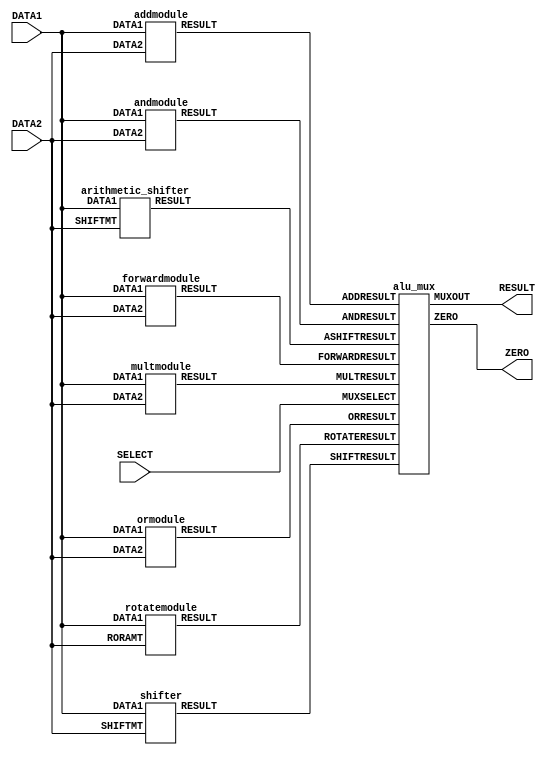
//Alu 
`timescale 1ns/100ps
module alu(DATA1,DATA2,RESULT,SELECT,ZERO);
    input [7:0] DATA1,DATA2;
    input [2:0] SELECT;
    output [7:0] RESULT;
    output ZERO;
    wire [7:0] ADDRESULT, ANDRESULT, ORRESULT, FORWARDRESULT, MULTRESULT, SHIFTRESULT, ASHIFTRESULT, ROTATERESULT;
    addmodule addmodule(DATA1, DATA2, ADDRESULT);
    andmodule andmodule(DATA1, DATA2, ANDRESULT);
    ormodule ormodule(DATA1, DATA2, ORRESULT);
    forwardmodule forwardmodule(DATA1, DATA2, FORWARDRESULT);
    multmodule multmodule(DATA1,DATA2,MULTRESULT);
    shifter shiftmodule(DATA1,DATA2,SHIFTRESULT);
    arithmetic_shifter arithmetic_shifter_module(DATA1, DATA2, ASHIFTRESULT);
    rotatemodule rotate_module(DATA1, DATA2, ROTATERESULT);
    alu_mux alumux(ADDRESULT, ANDRESULT, ORRESULT, FORWARDRESULT, MULTRESULT, SHIFTRESULT, ASHIFTRESULT, ROTATERESULT, SELECT, RESULT, ZERO);
endmodule

module addmodule(DATA1,DATA2,RESULT);
    input [7:0] DATA1,DATA2;
    output [7:0] RESULT;
    assign #2 RESULT = (DATA1 + DATA2);
endmodule

module andmodule(DATA1,DATA2,RESULT);
    input [7:0] DATA1,DATA2;
    output [7:0] RESULT;
    assign #1 RESULT = (DATA1 & DATA2);
endmodule

module ormodule(DATA1,DATA2,RESULT);
    input [7:0] DATA1,DATA2;
    output [7:0] RESULT;
    assign #1 RESULT = (DATA1 | DATA2);
endmodule

module forwardmodule(DATA1,DATA2,RESULT);
    input [7:0] DATA1,DATA2;
    output [7:0] RESULT;
    assign #1 RESULT = DATA2;
endmodule

module mux8bit(IN0,SELECT,MUXOUT);
    input [7:0] IN0;
    input SELECT; 
    output reg [7:0] MUXOUT;
    always @(*) begin
        case(SELECT)
            0: MUXOUT = 8'h00;
            1: MUXOUT = IN0;
        endcase
    end
endmodule

module add8bit(A,B,C,D,OUT);
    input [7:0] A, B, C, D;
    output reg [7:0] OUT;
    always @(*) begin
        OUT = #2 A+B+C+D;
    end
endmodule

module multmodule(DATA1,DATA2,RESULT);
    input [7:0] DATA1,DATA2;
    output [7:0] RESULT;
    reg [7:0] array1 [0:3];
    wire [7:0] array2 [0:3];
    mux8bit mux1(array1[0],DATA2[0],array2[0]);
    mux8bit mux2(array1[1],DATA2[1],array2[1]);
    mux8bit mux3(array1[2],DATA2[2],array2[2]);
    mux8bit mux4(array1[3],DATA2[3],array2[3]);
    add8bit adder8bit(array2[0],array2[1],array2[2],array2[3],RESULT);

    always @(*) begin
        array1[0] <= #1 {4'b0000, DATA1[3:0]};
        array1[1] <= #1 {3'b000, DATA1[3:0], 1'b0};
        array1[2] <= #1 {2'b00, DATA1[3:0], 2'b00};
        array1[3] <= #1 {1'b0, DATA1[3:0], 3'b000};
    end
endmodule

module shifter(DATA1, SHIFTMT, RESULT);
    input [7:0] DATA1, SHIFTMT;
    output reg [7:0] RESULT;

    always @(*) begin
        case(SHIFTMT)
            8'h00: RESULT = DATA1;
            8'h01: RESULT = {DATA1[6:0], 1'b0};
            8'h02: RESULT = {DATA1[5:0], 2'b00};
            8'h03: RESULT = {DATA1[4:0], 3'b000};
            8'h04: RESULT = {DATA1[3:0], 4'b0000};
            8'h05: RESULT = {DATA1[2:0], 5'b00000};
            8'h06: RESULT = {DATA1[1:0], 6'b000000};
            8'h07: RESULT = {DATA1[0], 7'b0000000};
            8'hFF: RESULT = {1'b0, DATA1[7:1]};
            8'hFE: RESULT = {2'b00, DATA1[7:2]};
            8'hFD: RESULT = {3'b000, DATA1[7:3]};
            8'hFC: RESULT = {4'b0000, DATA1[7:4]};
            8'hFB: RESULT = {5'b00000, DATA1[7:5]};
            8'hFA: RESULT = {6'b000000, DATA1[7:6]};
            8'hF9: RESULT = {7'b0000000, DATA1[7]};
            default: RESULT = 8'b00000000;
        endcase
    end
endmodule

module arithmetic_shifter(DATA1, SHIFTMT, RESULT);
    input [7:0] DATA1, SHIFTMT;
    output reg [7:0] RESULT;

    always @(*) begin
        case(SHIFTMT)
            8'h00: RESULT = DATA1;
            8'h01: RESULT = {DATA1[7], DATA1[7:1]};
            8'h02: RESULT = {{2{DATA1[7]}}, DATA1[7:2]};
            8'h03: RESULT = {{3{DATA1[7]}}, DATA1[7:3]};
            8'h04: RESULT = {{4{DATA1[7]}}, DATA1[7:4]};
            8'h05: RESULT = {{5{DATA1[7]}}, DATA1[7:5]};
            8'h06: RESULT = {{6{DATA1[7]}}, DATA1[7:6]};
            default: RESULT = {8{DATA1[7]}};
        endcase
    end
endmodule

module rotatemodule(DATA1, RORAMT, RESULT);
    input [7:0] DATA1, RORAMT;
    output reg [7:0] RESULT;

    always @(*) begin
        case(RORAMT[2:0])
            3'b000: RESULT = DATA1;
            3'b001: RESULT = {DATA1[0], DATA1[7:1]};
            3'b010: RESULT = {DATA1[1:0], DATA1[7:2]};
            3'b011: RESULT = {DATA1[2:0], DATA1[7:3]};
            3'b100: RESULT = {DATA1[3:0], DATA1[7:4]};
            3'b101: RESULT = {DATA1[4:0], DATA1[7:5]};
            3'b110: RESULT = {DATA1[5:0], DATA1[7:6]};
            3'b111: RESULT = {DATA1[6:0], DATA1[7]};
        endcase
    end
endmodule


module alu_mux(ADDRESULT, ANDRESULT, ORRESULT, FORWARDRESULT, MULTRESULT, SHIFTRESULT, ASHIFTRESULT, ROTATERESULT, MUXSELECT, MUXOUT, ZERO);
    input [7:0] ADDRESULT, ANDRESULT, ORRESULT, FORWARDRESULT, MULTRESULT, SHIFTRESULT, ASHIFTRESULT, ROTATERESULT;
    input [0:2] MUXSELECT;
    output reg [7:0] MUXOUT;
    output reg ZERO;

    always @(*)
    begin
        case(MUXSELECT)
            3'b000: MUXOUT = FORWARDRESULT;
            3'b001: MUXOUT = ADDRESULT;
            3'b010: MUXOUT = ANDRESULT;
            3'b011: MUXOUT = ORRESULT;
            3'b100: MUXOUT = MULTRESULT;
            3'b101: MUXOUT = SHIFTRESULT;
            3'b110: MUXOUT = ASHIFTRESULT;
            3'b111: MUXOUT = ROTATERESULT;
            default: MUXOUT = 8'b00000000;
        endcase
    ZERO = (ADDRESULT == 8'h00) ? 1 : 0;
    end
endmodule